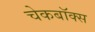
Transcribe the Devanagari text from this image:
चेकबॉक्स